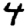
Digit: 4